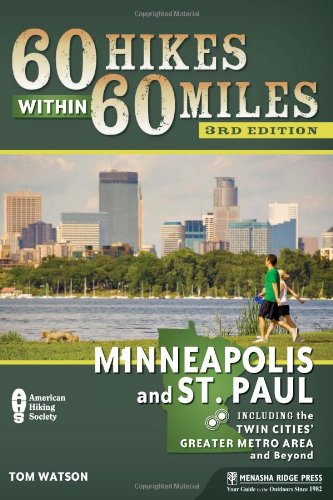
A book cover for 60 Hikes Within 60 Miles: Minneapolis and St. Paul: Including the Twin Cities' Greater Metro Area and Beyond; Tom Watson; Travel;